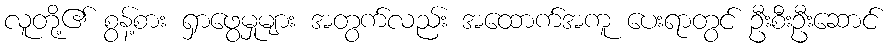
လူတို့၏ စွန့်စား ရှာဖွေမှုများ အတွက်လည်း အထောက်အကူ ပေးရာတွင် ဦးစီးဦးဆောင်